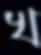
খ